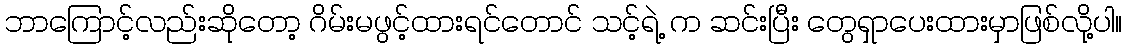
ဘာကြောင့်လည်းဆိုတော့ ဂိမ်းမဖွင့်ထားရင်တောင် သင့်ရဲ့ က ဆင်းပြီး တွေရှာပေးထားမှာဖြစ်လို့ပါ။